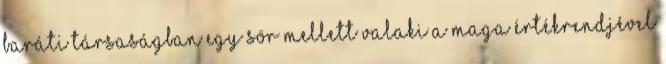
baráti társaságban egy sör mellett valaki a maga értékrendjével